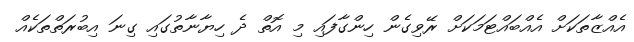
އެއްޒާތަކަށް އެއްބައްޓަމަކަށް ރޭވިގެން ހިންގާފައި މި އޮތް ދެ ހިޔާނާތުގައި ގިނަ އިބުރަތްތަކެއް